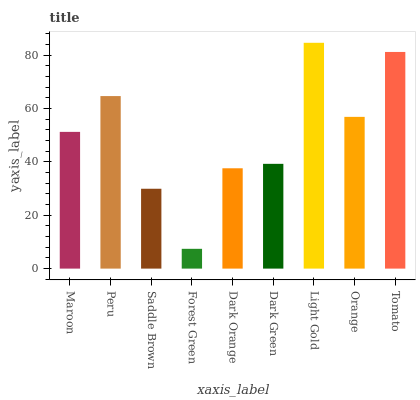
| xaxis_label | bars |
 | --- | --- |
 | Maroon | 51.3 |
 | Peru | 64.7 |
 | Saddle Brown | 29.9 |
 | Forest Green | 7.42 |
 | Dark Orange | 37.6 |
 | Dark Green | 39.3 |
 | Light Gold | 84.7 |
 | Orange | 56.9 |
 | Tomato | 81.2 |